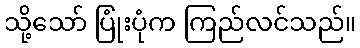
သို့သော် ပြုံးပုံက ကြည်လင်သည်။